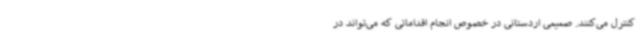
کنترل می‌کنند. صمیمی اردستانی در خصوص انجام اقداماتی که می‌تواند در